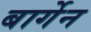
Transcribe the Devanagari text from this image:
बार्गेन